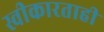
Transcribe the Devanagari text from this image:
स्वीकारताही